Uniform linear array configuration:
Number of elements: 32
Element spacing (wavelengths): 0.5
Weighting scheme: blackman
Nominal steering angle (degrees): -60
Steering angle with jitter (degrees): -59.061
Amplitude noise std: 0.05
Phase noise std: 0.05

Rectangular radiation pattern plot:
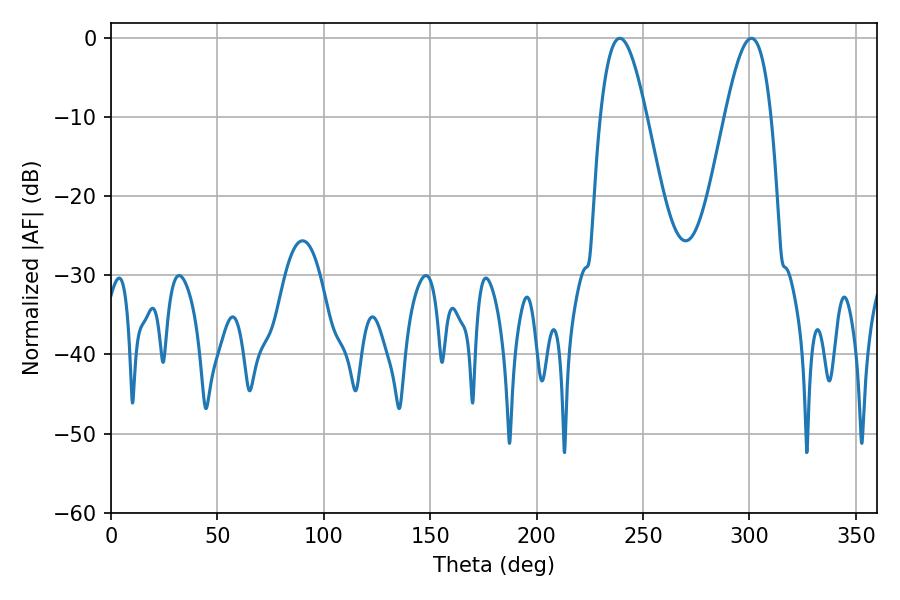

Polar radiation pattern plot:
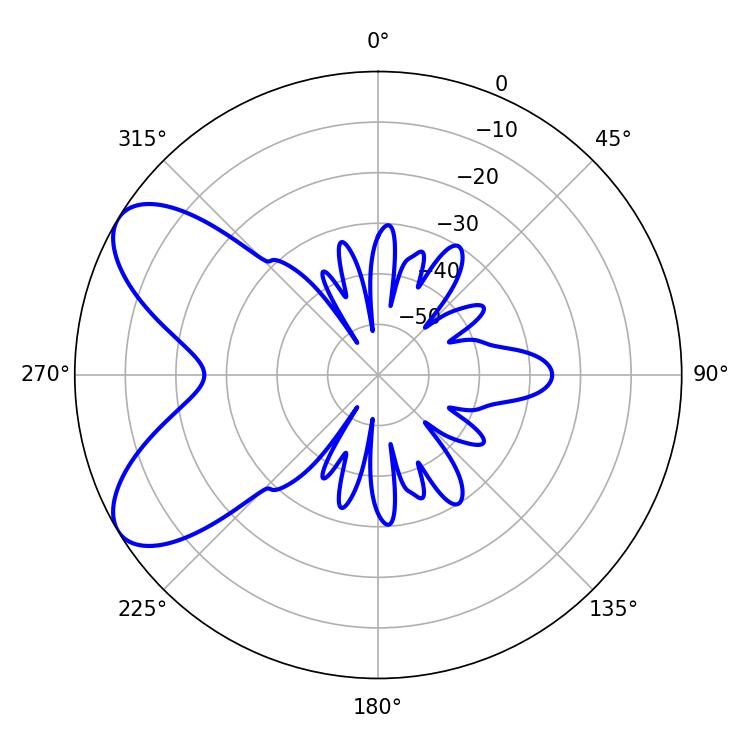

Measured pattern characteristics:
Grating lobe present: FALSE
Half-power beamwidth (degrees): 11.7
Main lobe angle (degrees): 239.04